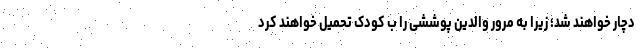
دچار خواهند شد؛ زیرا به مرور والدین پوششی را ب کودک تحمیل خواهند کرد